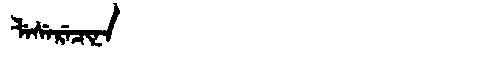
Manchu: ᠯᡝᠰᡝᡵᡝᠴᡳᠨᠠ
Romanization: LESERECINA